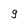
Character: g